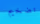
تضخيم